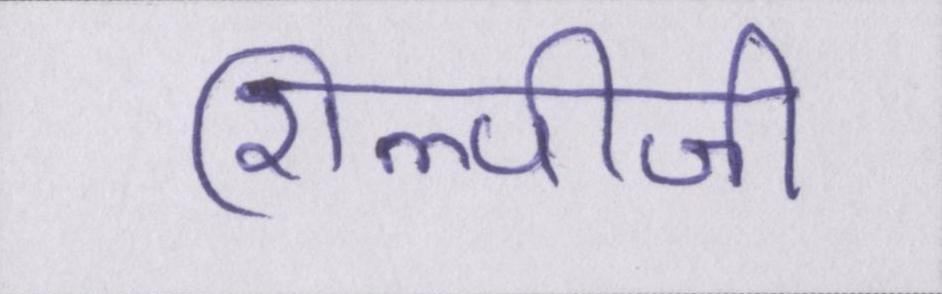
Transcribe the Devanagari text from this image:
शिल्पीजी